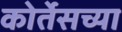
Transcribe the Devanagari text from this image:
कोर्तेसच्या